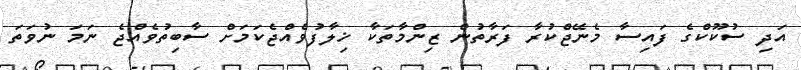
އަދި ސުކޫކްގެ ފައިސާ މެނޭޖްކުރާ ފަރާތުން ޒިންމާތަކާ ޚިލާފުވެއްޖެކަމަށް ސާބިތުވެއްޖެ ނަމަ ނުވަތަ